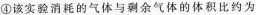
④该实验消耗的气体与剩余气体的体积比约为